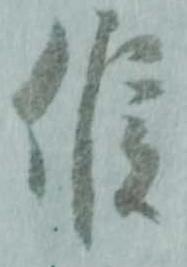
候